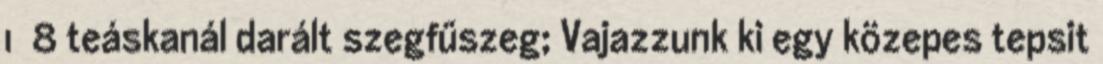
1 8 teáskanál darált szegfűszeg; Vajazzunk ki egy közepes tepsit